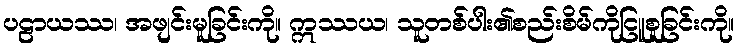
ပဠာယဿ၊ အဖျင်းမူခြင်းကို။ ဣဿယ၊ သူတစ်ပါး၏စည်းစိမ်ကိုငြူစူခြင်းကို။